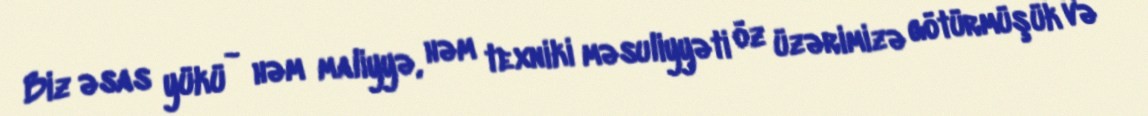
Biz əsas yükü - həm maliyyə, həm texniki məsuliyyəti öz üzərimizə götürmüşük və